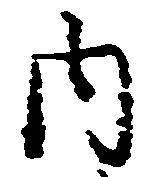
内